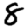
Digit: 8